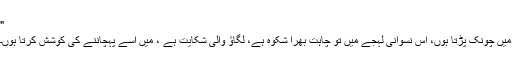
"
میں چونک پڑتا ہوں، اس نسوانی لہجے میں تو چاہت بھرا شکوہ ہے، لگاؤ والی شکایت ہے ، میں اسے پہچاننے کی کوشش کرتا ہوں۔